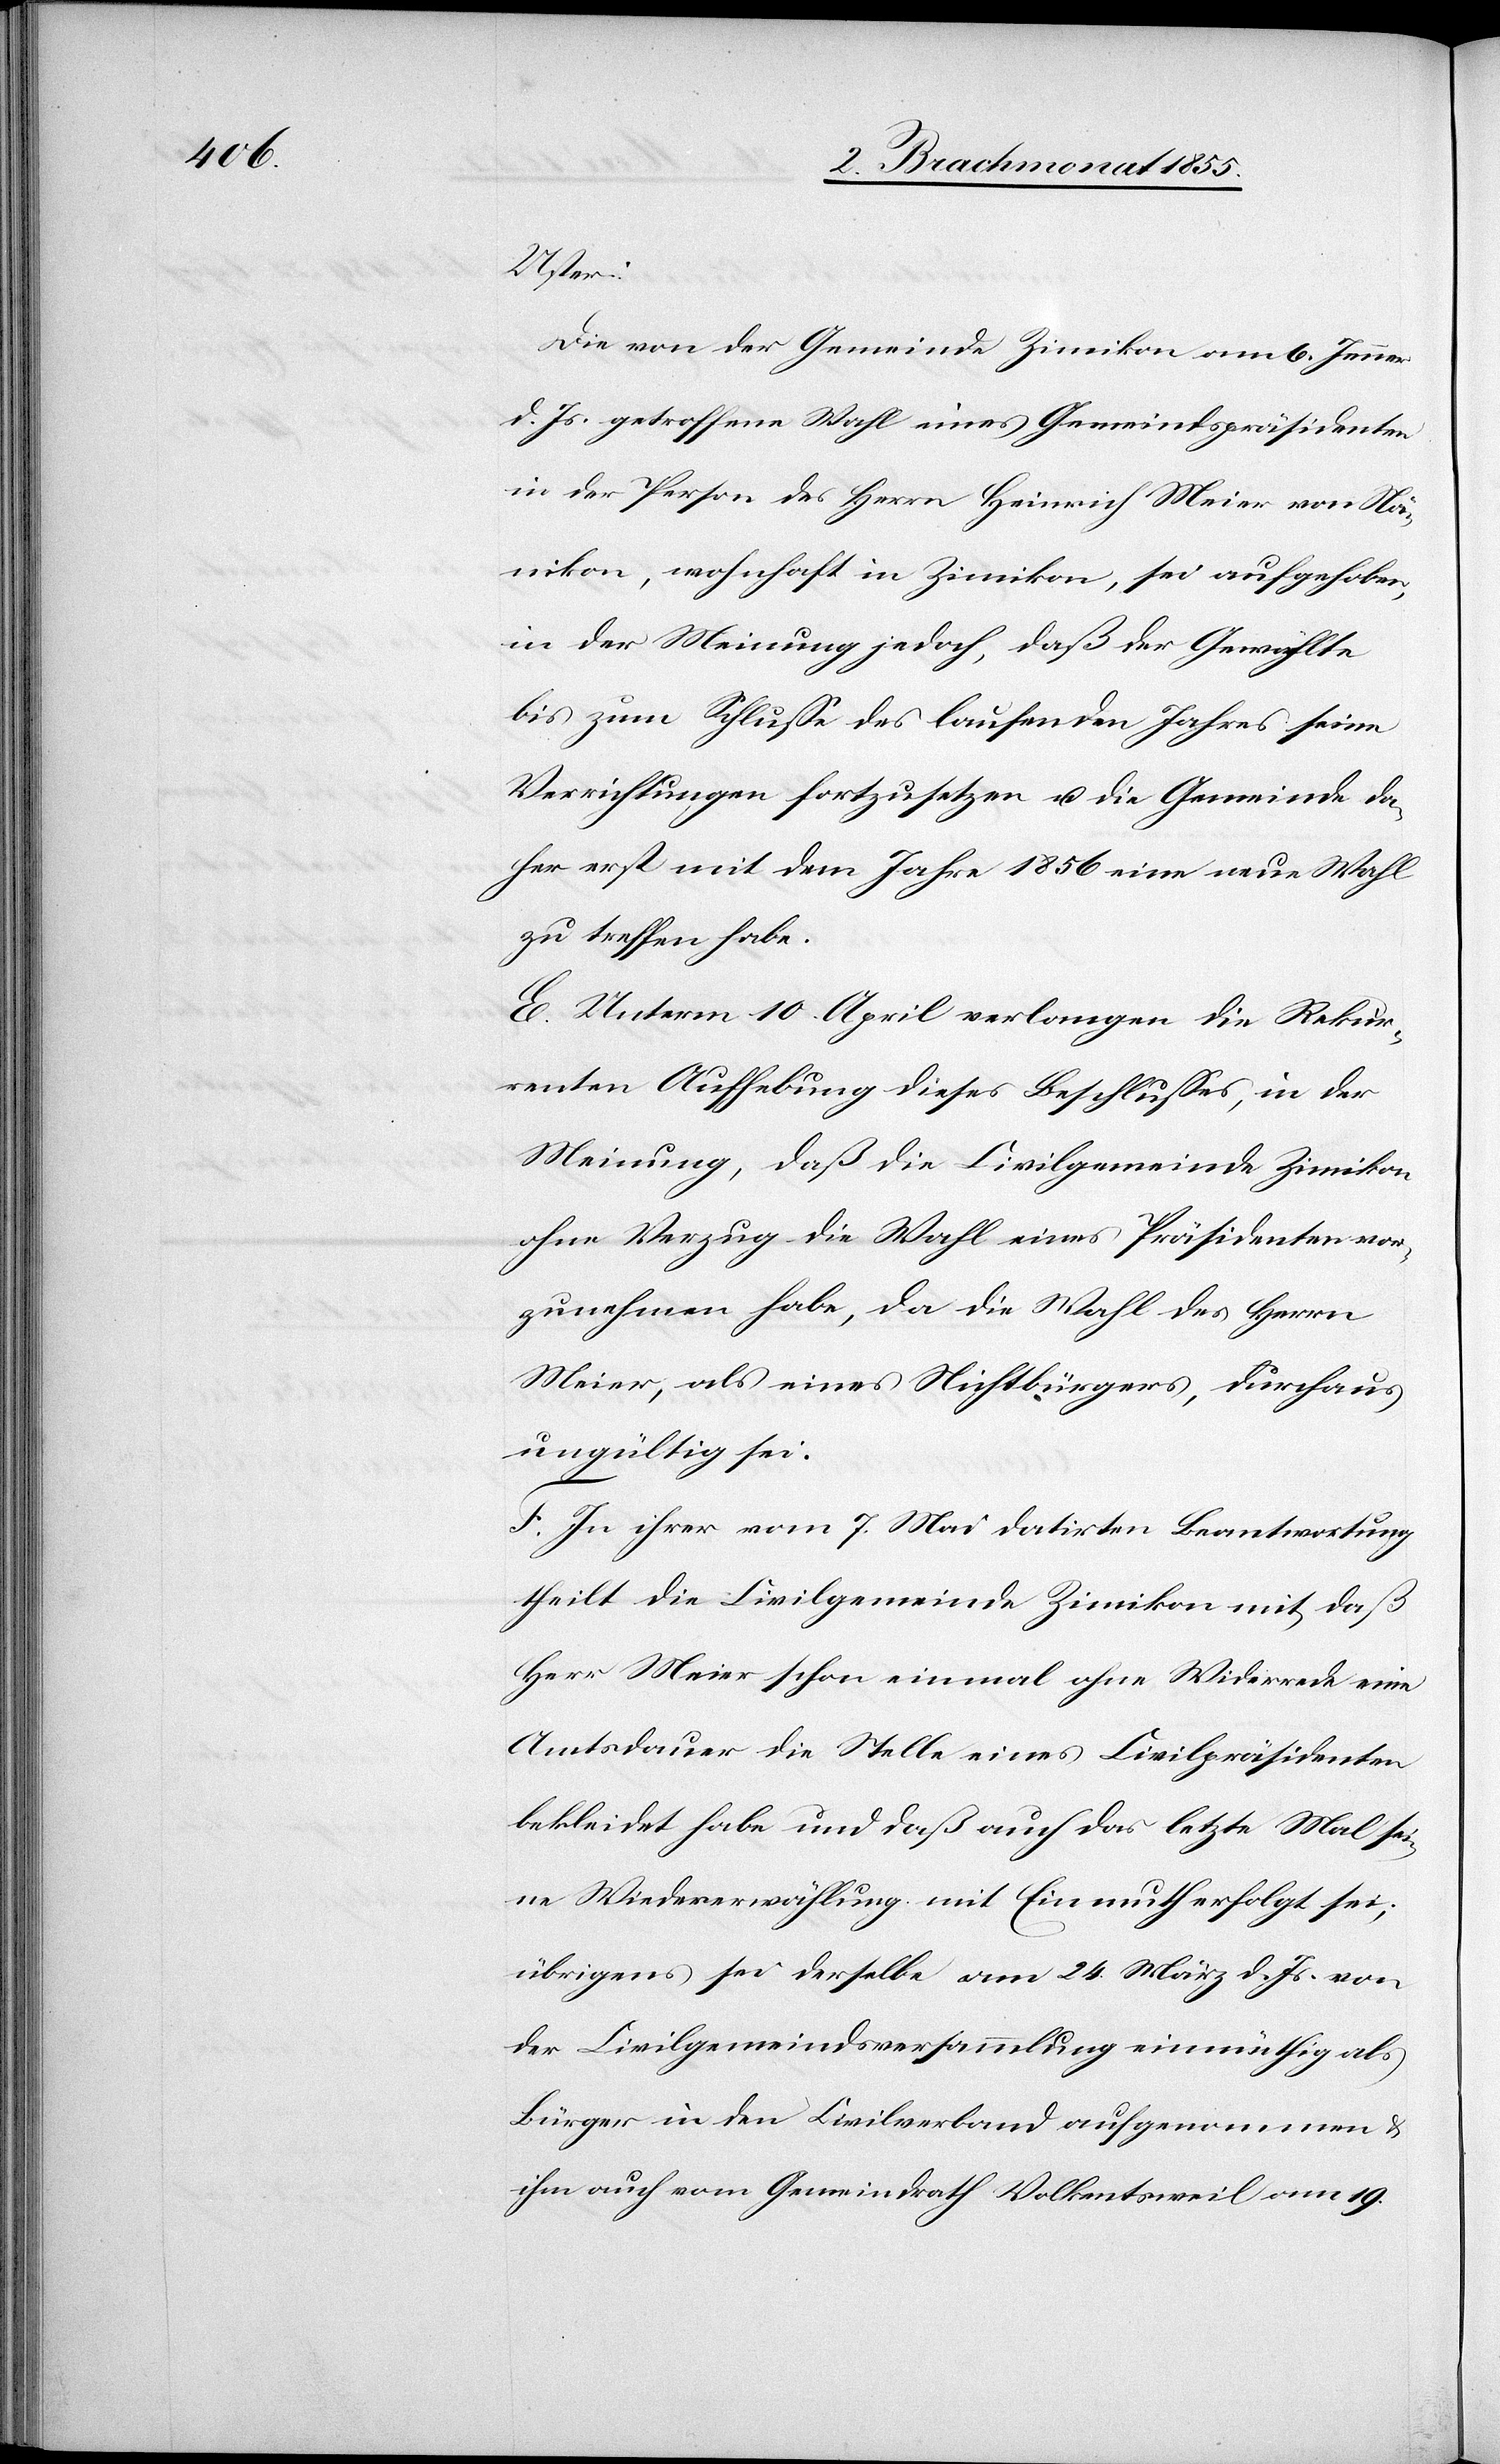
Uster:
Die von der Gemeinde Zimikon am 6. Jenner
d. Js. getroffene Wahl eines Gemeindspräsidenten
in der Person des Herrn Heinrich Meier von Nä¬
nikon, wohnhaft in Zimikon, sei aufgehoben,
in der Meinung jedoch, daß der Gewählte
bis zum Schlusse des laufenden Jahres seine
Verrichtungen fortzusetzen u. die Gemeinde da¬
her erst mit dem Jahre 1856 eine neue Wahl
zu treffen habe.
E. Unterm 10. April verlangen die Rekur¬
renten Aufhebung dieses Beschlusses, in der
Meinung, daß die Civilgemeinde Zimikon
ohne Verzug die Wahl eines Präsidenten vor¬
zunehmen habe, da die Wahl des Herrn
Meier, als eines Nichtbürgers, durchaus
ungültig sei.
F. In ihrer vom 7. Mai datirten Beantwortung
theilt die Civilgemeinde Zimikon mit, daß
Herr Meier schon einmal ohne Widerrede eine
Amtsdauer die Stelle eines Civilpräsidenten
bekleidet habe und daß auch das letzte Mal sei¬
ne Wiedererwählung mit Einmuth erfolgt sei;
übrigens sei derselbe am 24. März d. Js. von
der Civilgemeindsversammlung einmüthig als
Bürger in den Civilverband aufgenommen &
ihm auch vom Gemeindrath Volkentsweil am 19.